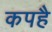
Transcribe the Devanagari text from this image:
कपहै